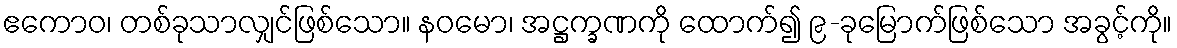
ဧကောဝ၊ တစ်ခုသာလျှင်ဖြစ်သော။ နဝမော၊ အဋ္ဌက္ခဏကို ထောက်၍ ၉-ခုမြောက်ဖြစ်သော အခွင့်ကို။